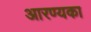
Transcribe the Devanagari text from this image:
आरण्यका